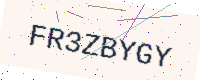
Text: FR3ZBYGY